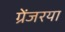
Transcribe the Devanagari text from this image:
ग्रेंजरया